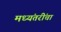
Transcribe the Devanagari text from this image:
मध्यंतरींचा